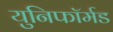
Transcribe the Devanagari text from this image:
युनिफॉर्मड